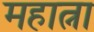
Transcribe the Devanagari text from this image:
महात्ना